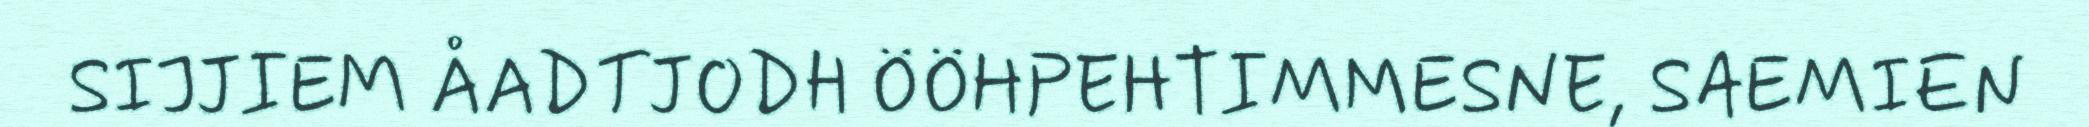
SIJJIEM ÅADTJODH ÖÖHPEHTIMMESNE, SAEMIEN